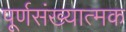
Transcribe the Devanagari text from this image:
पूर्णसंख्यात्मक